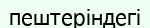
пештеріндегі